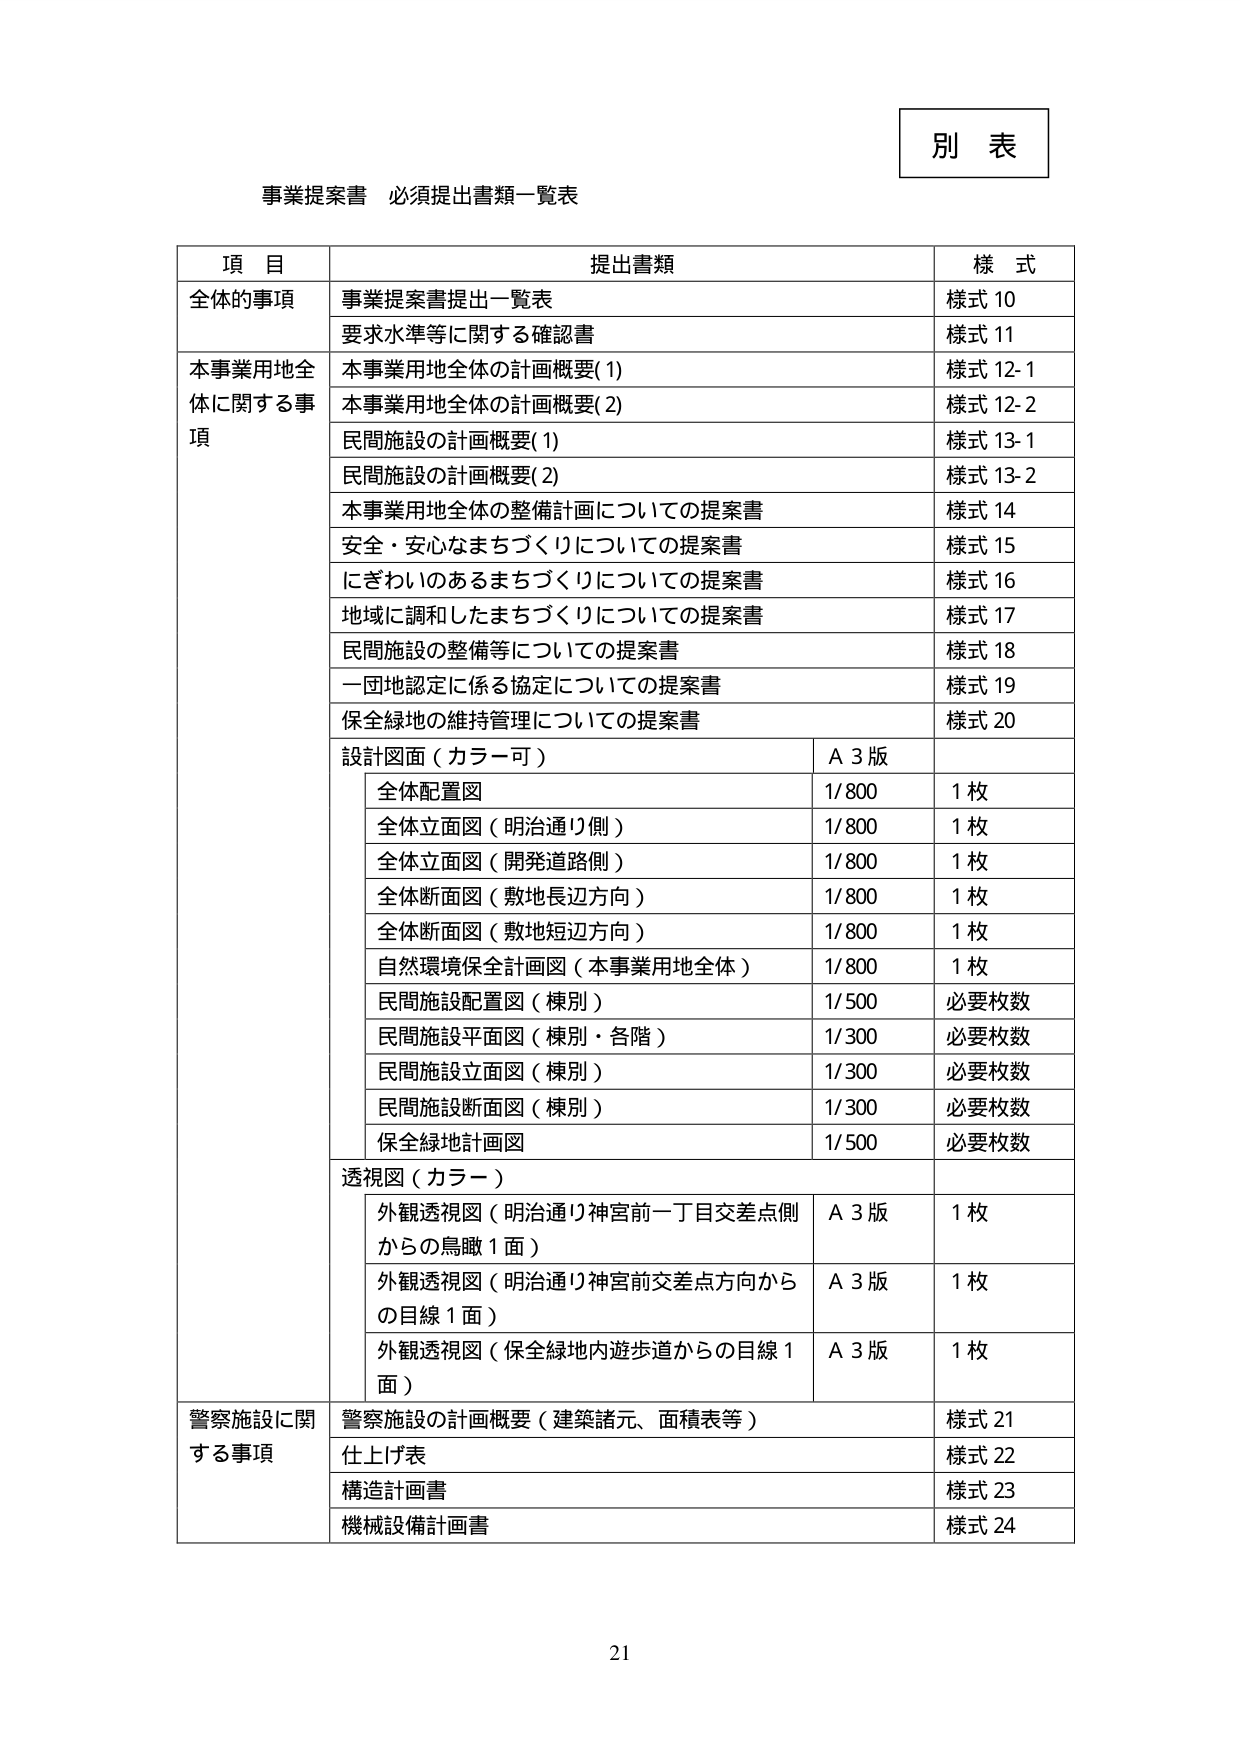
別 表

事業提案書 必須提出書類一覧表

項 目　　　　　　　　　　　　　　　提出書類　　　　　　　　　　　様 式
全体的事項　　　　　　　　　　　　事業提案書提出一覧表　　　　　　様式 10
　　　　　　　　　　　　　　　　要求水準等に関する確認書　　　　様式 11
本事業用地全体に関する事項　　　　本事業用地全体の計画概要(1)　　様式 12-1
　　　　　　　　　　　　　　　　本事業用地全体の計画概要(2)　　様式 12-2
　　　　　　　　　　　　　　　　民間施設の計画概要(1)　　　　　様式 13-1
　　　　　　　　　　　　　　　　民間施設の計画概要(2)　　　　　様式 13-2
　　　　　　　　　　　　　　　　本事業用地全体の整備計画についての提案書　様式 14
　　　　　　　　　　　　　　　　安全・安心なまちづくりについての提案書　様式 15
　　　　　　　　　　　　　　　　にぎわいのあるまちづくりについての提案書　様式 16
　　　　　　　　　　　　　　　　地域に調和したまちづくりについての提案書　様式 17
　　　　　　　　　　　　　　　　民間施設の整備等についての提案書　　様式 18
　　　　　　　　　　　　　　　　一団地認定に係る協定についての提案書　様式 19
　　　　　　　　　　　　　　　　保全緑地の維持管理についての提案書　様式 20
　　　　　　　　　　　　　　　　設計図面（カラー可）　　　　　　A 3版
　　　　　　　　　　　　　　　　　　全体配置図　　　　　　　　　1/800　　　1枚
　　　　　　　　　　　　　　　　　　全体立面図（明治通り側）　　1/800　　　1枚
　　　　　　　　　　　　　　　　　　全体立面図（開発道路側）　　1/800　　　1枚
　　　　　　　　　　　　　　　　　　全体断面図（敷地長辺方向）　1/800　　　1枚
　　　　　　　　　　　　　　　　　　全体断面図（敷地短辺方向）　1/800　　　1枚
　　　　　　　　　　　　　　　　　　自然環境保全計画図（本事業用地全体）　1/800　　　1枚
　　　　　　　　　　　　　　　　　　民間施設配置図（棟別）　　　1/500　　　必要枚数
　　　　　　　　　　　　　　　　　　民間施設平面図（棟別・各階）　1/300　　　必要枚数
　　　　　　　　　　　　　　　　　　民間施設立面図（棟別）　　　1/300　　　必要枚数
　　　　　　　　　　　　　　　　　　民間施設断面図（棟別）　　　1/300　　　必要枚数
　　　　　　　　　　　　　　　　　　保全緑地計画図　　　　　　　1/500　　　必要枚数
　　　　　　　　　　　　　　　　透視図（カラー）
　　　　　　　　　　　　　　　　　　外観透視図（明治通り神宮前一丁目交差点側からの鳥瞰1面）　A 3版　　1枚
　　　　　　　　　　　　　　　　　　外観透視図（明治通り神宮前交差点方向からの目線1面）　A 3版　　1枚
　　　　　　　　　　　　　　　　　　外観透視図（保全緑地内遊歩道からの目線1面）　A 3版　　1枚
警察施設に関する事項　　　　　　警察施設の計画概要（建築諸元、面積表等）　様式 21
　　　　　　　　　　　　　　　　仕上げ表　　　　　　　　　　　様式 22
　　　　　　　　　　　　　　　　構造計画書　　　　　　　　　　様式 23
　　　　　　　　　　　　　　　　機械設備計画書　　　　　　　　様式 24

21